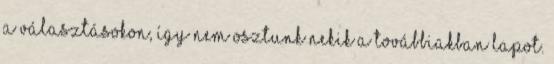
a választásokon, így nem osztunk nekik a továbbiakban lapot.